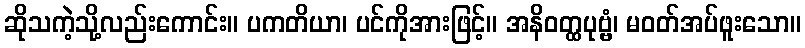
ဆိုသကဲ့သို့လည်းကောင်း။ ပကတိယာ၊ ပင်ကိုအားဖြင့်။ အနိဝတ္ထပုဗ္ဗံ၊ မဝတ်အပ်ဖူးသော။